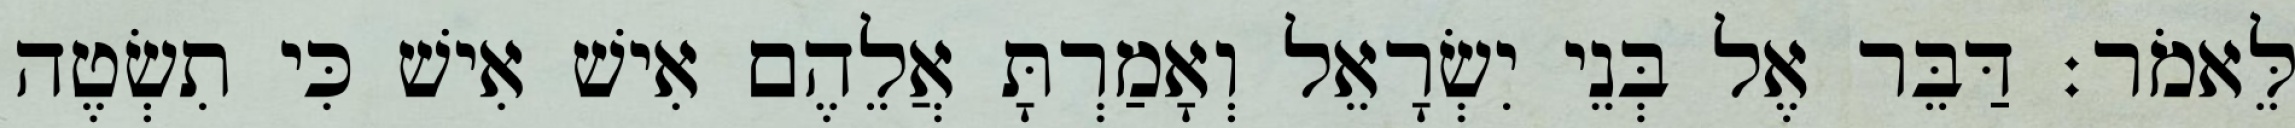
לֵּאמֹר׃ דַּבֵּר אֶל בְּנֵי יִשְׂרָאֵל וְאָמַרְתָּ אֲלֵהֶם אִישׁ אִישׁ כִּי תִשְׂטֶה